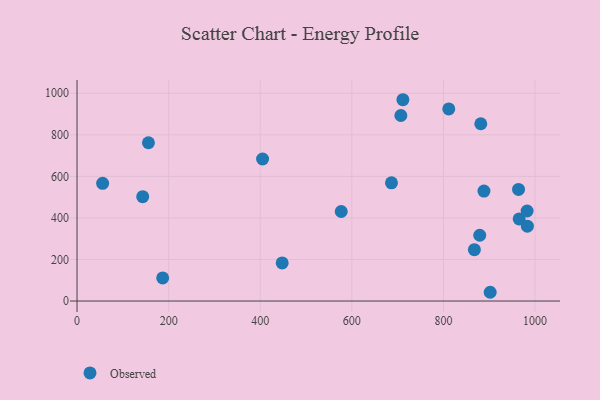
{"axis": {"x": "Price", "y": "Rating"}, "legend": ["Observed"], "data": [{"x": "576.8", "y": 431.0, "type": "Observed"}, {"x": "143.4", "y": 502.4, "type": "Observed"}, {"x": "55.9", "y": 566.5, "type": "Observed"}, {"x": "879.2", "y": 316.5, "type": "Observed"}, {"x": "155.9", "y": 761.9, "type": "Observed"}, {"x": "881.5", "y": 853.4, "type": "Observed"}, {"x": "711.4", "y": 969.0, "type": "Observed"}, {"x": "902.0", "y": 42.1, "type": "Observed"}, {"x": "447.9", "y": 183.4, "type": "Observed"}, {"x": "405.1", "y": 683.7, "type": "Observed"}, {"x": "187.0", "y": 111.3, "type": "Observed"}, {"x": "888.4", "y": 529.2, "type": "Observed"}, {"x": "965.3", "y": 395.2, "type": "Observed"}, {"x": "867.5", "y": 247.0, "type": "Observed"}, {"x": "707.0", "y": 893.1, "type": "Observed"}, {"x": "686.5", "y": 568.8, "type": "Observed"}, {"x": "963.9", "y": 537.1, "type": "Observed"}, {"x": "811.6", "y": 924.7, "type": "Observed"}, {"x": "983.2", "y": 360.2, "type": "Observed"}, {"x": "982.6", "y": 433.3, "type": "Observed"}]}